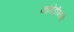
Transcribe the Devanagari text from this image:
कॉमेडीमध्ये